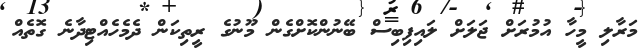
މަރާލި މީހާ އުމުރަށް ޖަލަށް ލައިފިބިސް ބޭނުންކޮށްގެން މޫނުގެ ރީތިކަން ދެމެހެއްޓިދާނެ ގޮތެއް